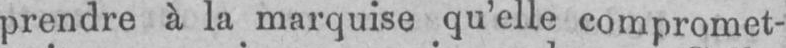
prendre à la marquise qu’elle compromet-